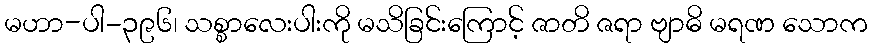
မဟာ-ပါ-၃၉၆၊ သစ္စာလေးပါးကို မသိခြင်းကြောင့် ဇာတိ ဇရာ ဗျာဓိ မရဏ သောက